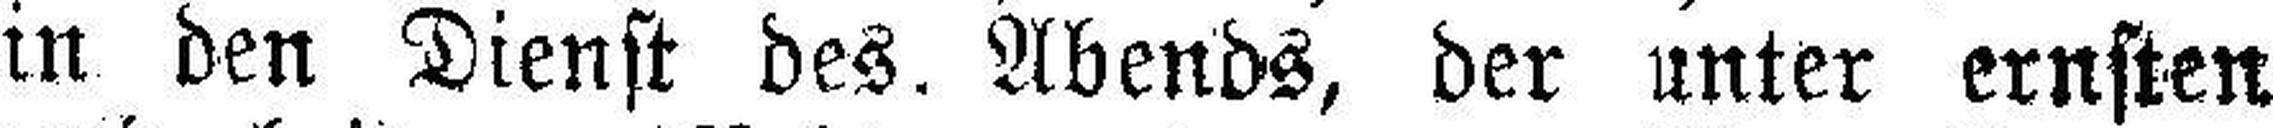
in den Dienst des. Abends, der unter ernsten